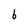
Character: 6